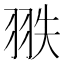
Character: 翐